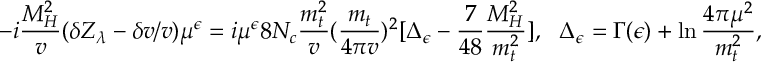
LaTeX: \displaystyle - i \frac { M _ { H } ^ { 2 } } { v } ( \delta Z _ { \lambda } - \delta v / v ) \mu ^ { \epsilon } = i \mu ^ { \epsilon } 8 N _ { c } \frac { m _ { t } ^ { 2 } } { v } ( \frac { m _ { t } } { 4 \pi v } ) ^ { 2 } [ \Delta _ { \epsilon } - \frac { 7 } { 4 8 } \frac { M _ { H } ^ { 2 } } { m _ { t } ^ { 2 } } ] , ~ ~ \Delta _ { \epsilon } = \Gamma ( \epsilon ) + \ln \frac { 4 \pi \mu ^ { 2 } } { m _ { t } ^ { 2 } } ,